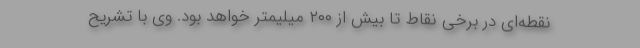
نقطه‌ای در برخی نقاط تا بیش از ۲۰۰ میلیمتر خواهد بود. وی با تشریح